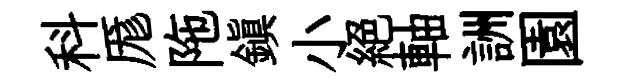
科厖陁鎭小絕軸詶園